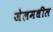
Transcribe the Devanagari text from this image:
जेलमधील